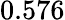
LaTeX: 0.576